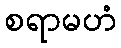
စရာမဟံ